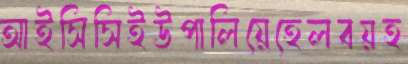
আইসিসিইউপালিয়েহেলবয়হ